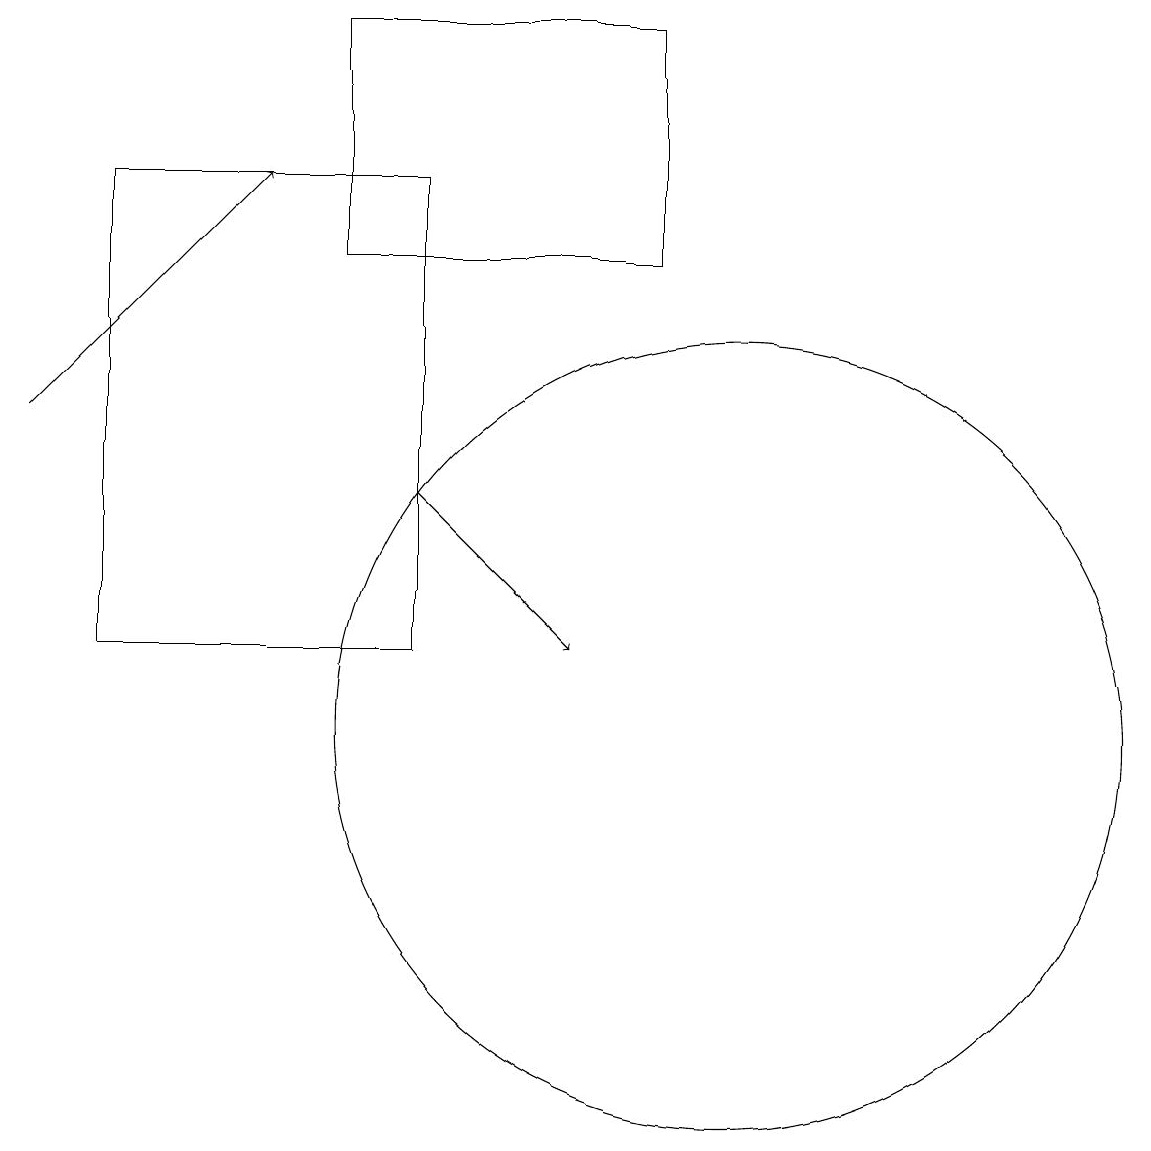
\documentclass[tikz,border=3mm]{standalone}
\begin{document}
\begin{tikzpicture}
\draw[->] (1,14) -- (4,17);
\draw (10,10) circle (5);
\draw[->] (6,13) -- (8,11);
\draw (6,17) rectangle (2,11);
\draw (9,16) rectangle (5,19);
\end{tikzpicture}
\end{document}